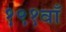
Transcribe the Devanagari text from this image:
१९१वाँ